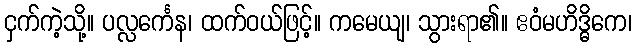
ငှက်ကဲ့သို့။ ပလ္လင်္ကေန၊ ထက်ဝယ်ဖြင့်။ ကမေယျ၊ သွားရာ၏။ ဧဝံမဟိဒ္ဓိကေ၊